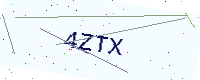
Text: 4ZTX